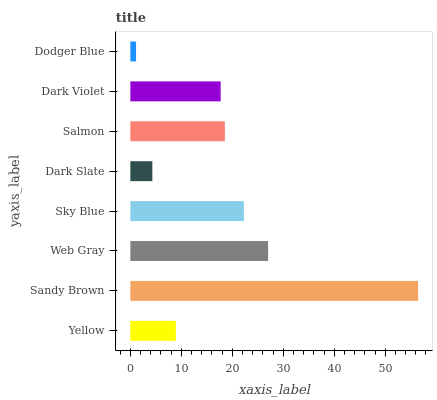
| yaxis_label | bars |
 | --- | --- |
 | Yellow | 8.93 |
 | Sandy Brown | 56.5 |
 | Web Gray | 27 |
 | Sky Blue | 22.3 |
 | Dark Slate | 4.32 |
 | Salmon | 18.5 |
 | Dark Violet | 17.7 |
 | Dodger Blue | 1.12 |